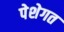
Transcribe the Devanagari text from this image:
पेशेगत